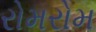
રોમરોમ